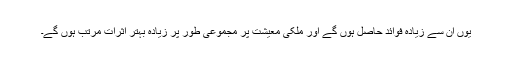
یوں ان سے زیادہ فوائد حاصل ہوں گے اور ملکی معیشت پر مجموعی طور پر زیادہ بہتر اثرات مرتب ہوں گے۔